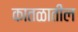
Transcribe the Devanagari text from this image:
कातळातील